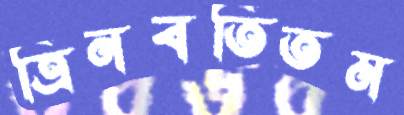
ত্রিনবতিতম